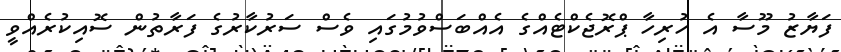
ފަޔާޒު މޫސާ އެ ހުރިހާ ޕްރޮޖެކްޓެއްގެ އެއްބަސްވުމުގައި ވެސް ސަރުކާރުގެ ފަރާތުން ސޮއިކުރެއްވީ